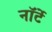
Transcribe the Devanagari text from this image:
नॉर्टे